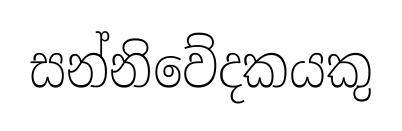
සන්නිවේදකයකු